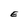
Character: E